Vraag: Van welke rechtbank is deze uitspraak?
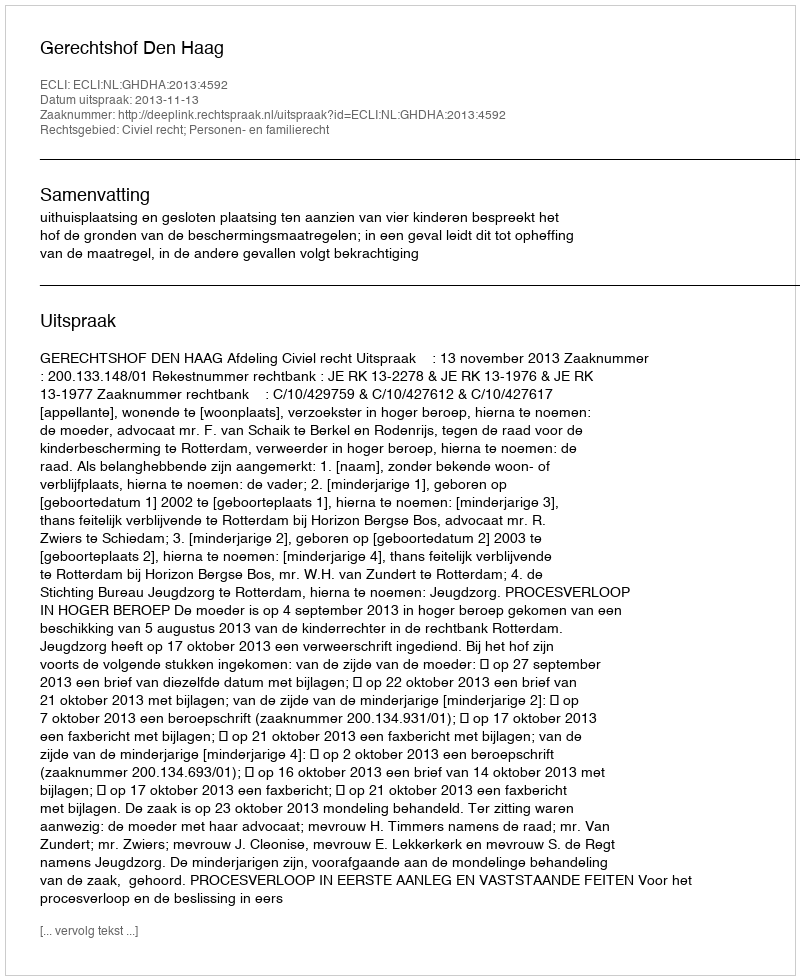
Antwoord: Gerechtshof Den Haag